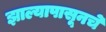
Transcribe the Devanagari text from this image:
झाल्यापासूनचे